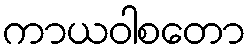
ကာယဝါစတော